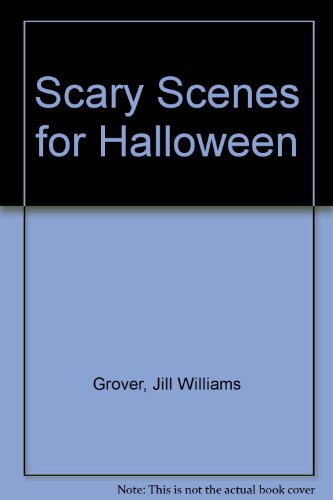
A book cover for Scary Scenes for Halloween; Jill Williams Grover; Cookbooks, Food & Wine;